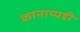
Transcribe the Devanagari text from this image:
कानाप्पडी